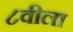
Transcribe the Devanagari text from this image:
८वीला